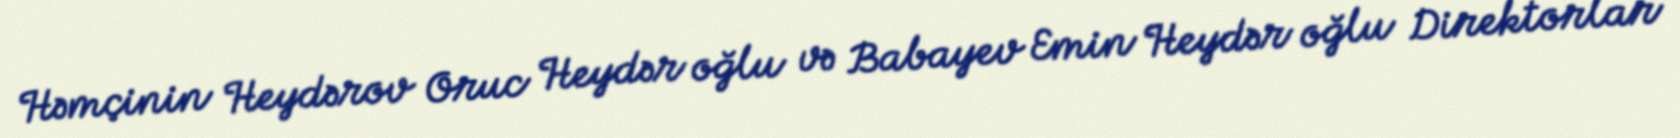
Həmçinin Heydərov Oruc Heydər oğlu və Babayev Emin Heydər oğlu Direktorlar